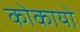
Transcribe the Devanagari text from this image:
कोकायो